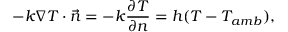
- k \nabla T \cdot \vec { n } = - k \frac { \partial T } { \partial n } = h ( T - T _ { a m b } ) ,